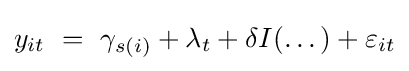
y_{it}~=~\gamma _{s(i)}+\lambda _{t}+\delta I(\dots )+\varepsilon _{it}